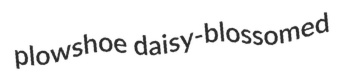
plowshoe daisy-blossomed